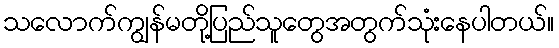
သလောက်ကျွန်မတို့ပြည်သူတွေအတွက်သုံးနေပါတယ်။